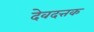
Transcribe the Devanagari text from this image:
देवदत्तक